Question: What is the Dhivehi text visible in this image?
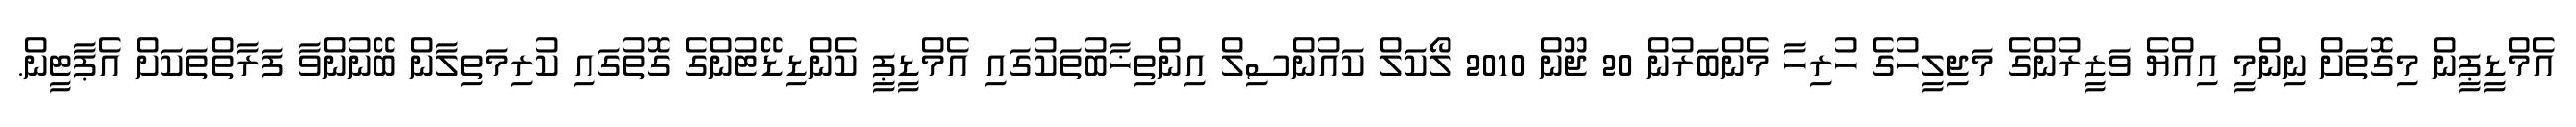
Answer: އެމްޑީޕީން މިގޮތަށް ނިންމީ އިއްޔެ ވަޒީރުންގެ މަޖިލީހުގެ ހުރިހާ މެންބަރުން 20 ޖޫން 2010 ލޯކަލް ކައުންސިލް އިންތިޚާބުތަކުގައި އެމްޑީޕީ ކެންޑިޑޭޓުންގެ ގޮތުގައި ކުރިމަތިލާން ބޭނުންވާ ފަރާތްތަކަށް އެޕާޓީން.